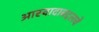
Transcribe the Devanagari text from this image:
आस्वादाबद्दलचे